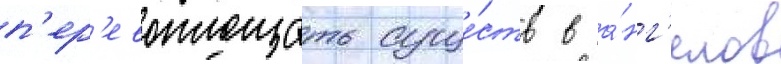
п'ер'евоплощать суще́ств в а́нг'елов